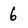
Character: 6